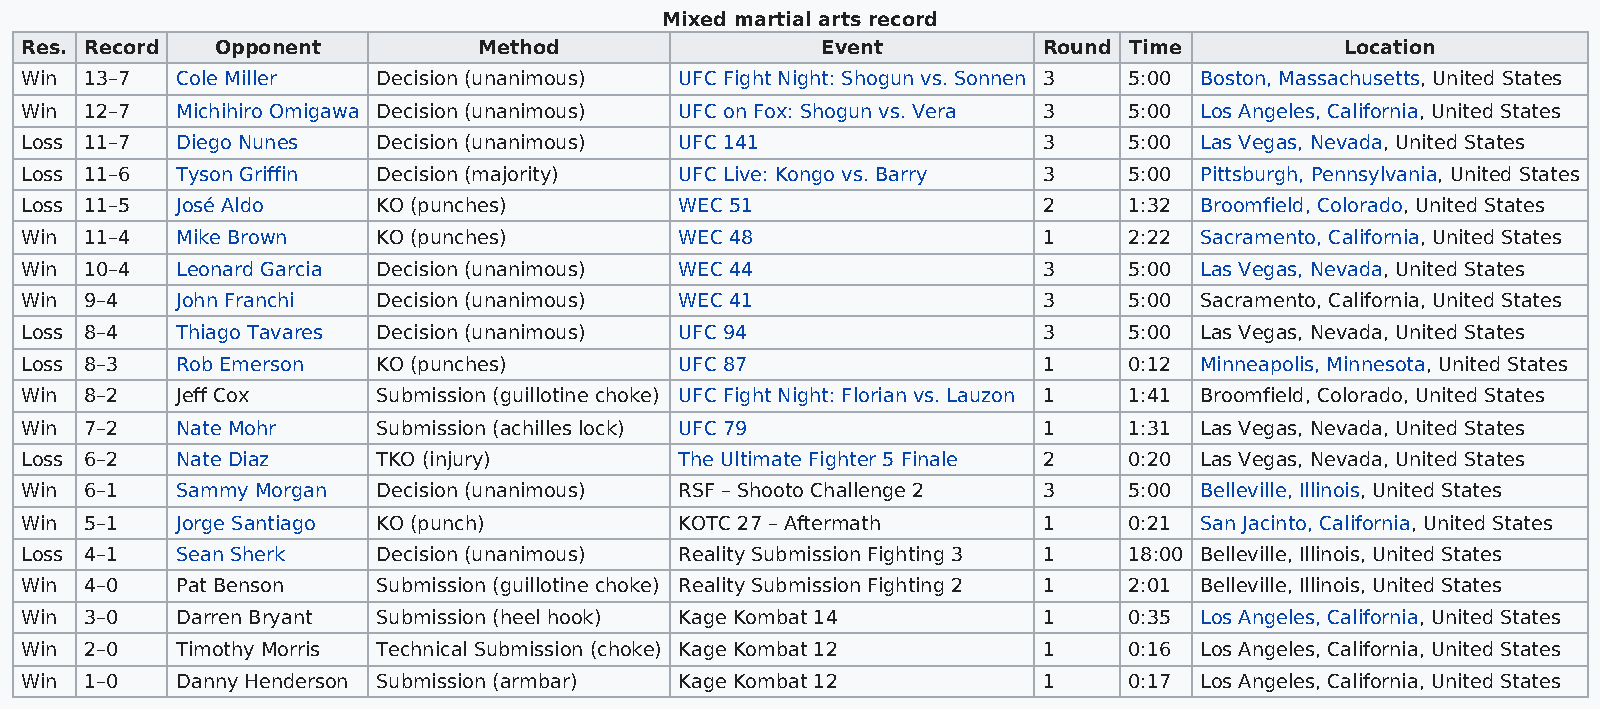
Mixed martial arts record
 Res. Record  Opponent          Method                Event          Round Time          Location
 Win  13–7  Cole Miller  Decision (unanimous) UFC Fight Night: Shogun vs. Sonnen 3 5:00 Boston, Massachusetts, United States
 Win  12–7  Michihiro Omigawa Decision (unanimous) UFC on Fox: Shogun vs. Vera 3 5:00 Los Angeles, California, United States
 Loss 11–7  Diego Nunes  Decision (unanimous) UFC 141                3     5:00 Las Vegas, Nevada, United States
 Loss 11–6  Tyson Griffin Decision (majority) UFC Live: Kongo vs. Barry 3  5:00 Pittsburgh, Pennsylvania, United States
 Loss 11–5  José Aldo    KO (punches)        WEC 51                  2     1:32 Broomfield, Colorado, United States
 Win  11–4  Mike Brown   KO (punches)        WEC 48                  1     2:22 Sacramento, California, United States
 Win  10–4  Leonard Garcia Decision (unanimous) WEC 44               3     5:00 Las Vegas, Nevada, United States
 Win  9–4   John Franchi Decision (unanimous) WEC 41                 3     5:00 Sacramento, California, United States
 Loss 8–4   Thiago Tavares Decision (unanimous) UFC 94               3     5:00 Las Vegas, Nevada, United States
 Loss 8–3   Rob Emerson  KO (punches)        UFC 87                  1     0:12 Minneapolis, Minnesota, United States
 Win  8–2   Jeff Cox     Submission (guillotine choke) UFC Fight Night: Florian vs. Lauzon 1 1:41 Broomfield, Colorado, United States
 Win  7–2   Nate Mohr    Submission (achilles lock) UFC 79           1     1:31 Las Vegas, Nevada, United States
 Loss 6–2   Nate Diaz    TKO (injury)        The Ultimate Fighter 5 Finale 2 0:20 Las Vegas, Nevada, United States
 Win  6–1   Sammy Morgan Decision (unanimous) RSF – Shooto Challenge 2 3   5:00 Belleville, Illinois, United States
 Win  5–1   Jorge Santiago KO (punch)        KOTC 27 – Aftermath     1     0:21 San Jacinto, California, United States
 Loss 4–1   Sean Sherk   Decision (unanimous) Reality Submission Fighting 3 1 18:00 Belleville, Illinois, United States
 Win  4–0   Pat Benson   Submission (guillotine choke) Reality Submission Fighting 2 1 2:01 Belleville, Illinois, United States
 Win  3–0   Darren Bryant Submission (heel hook) Kage Kombat 14      1     0:35 Los Angeles, California, United States
 Win  2–0   Timothy Morris Technical Submission (choke) Kage Kombat 12 1   0:16 Los Angeles, California, United States
 Win  1–0   Danny Henderson Submission (armbar) Kage Kombat 12       1     0:17 Los Angeles, California, United States